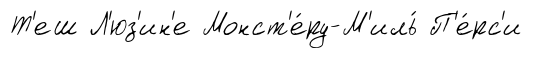
Т'еш Л'юз'ин'е Монст'е́ру-М'иль́ П'е́рс'и